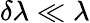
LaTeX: \delta\lambda\ll\lambda